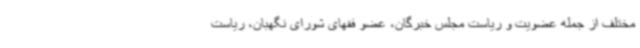
مختلف از جمله عضویت و ریاست مجلس خبرگان، عضو فقهای شورای نگهبان، ریاست